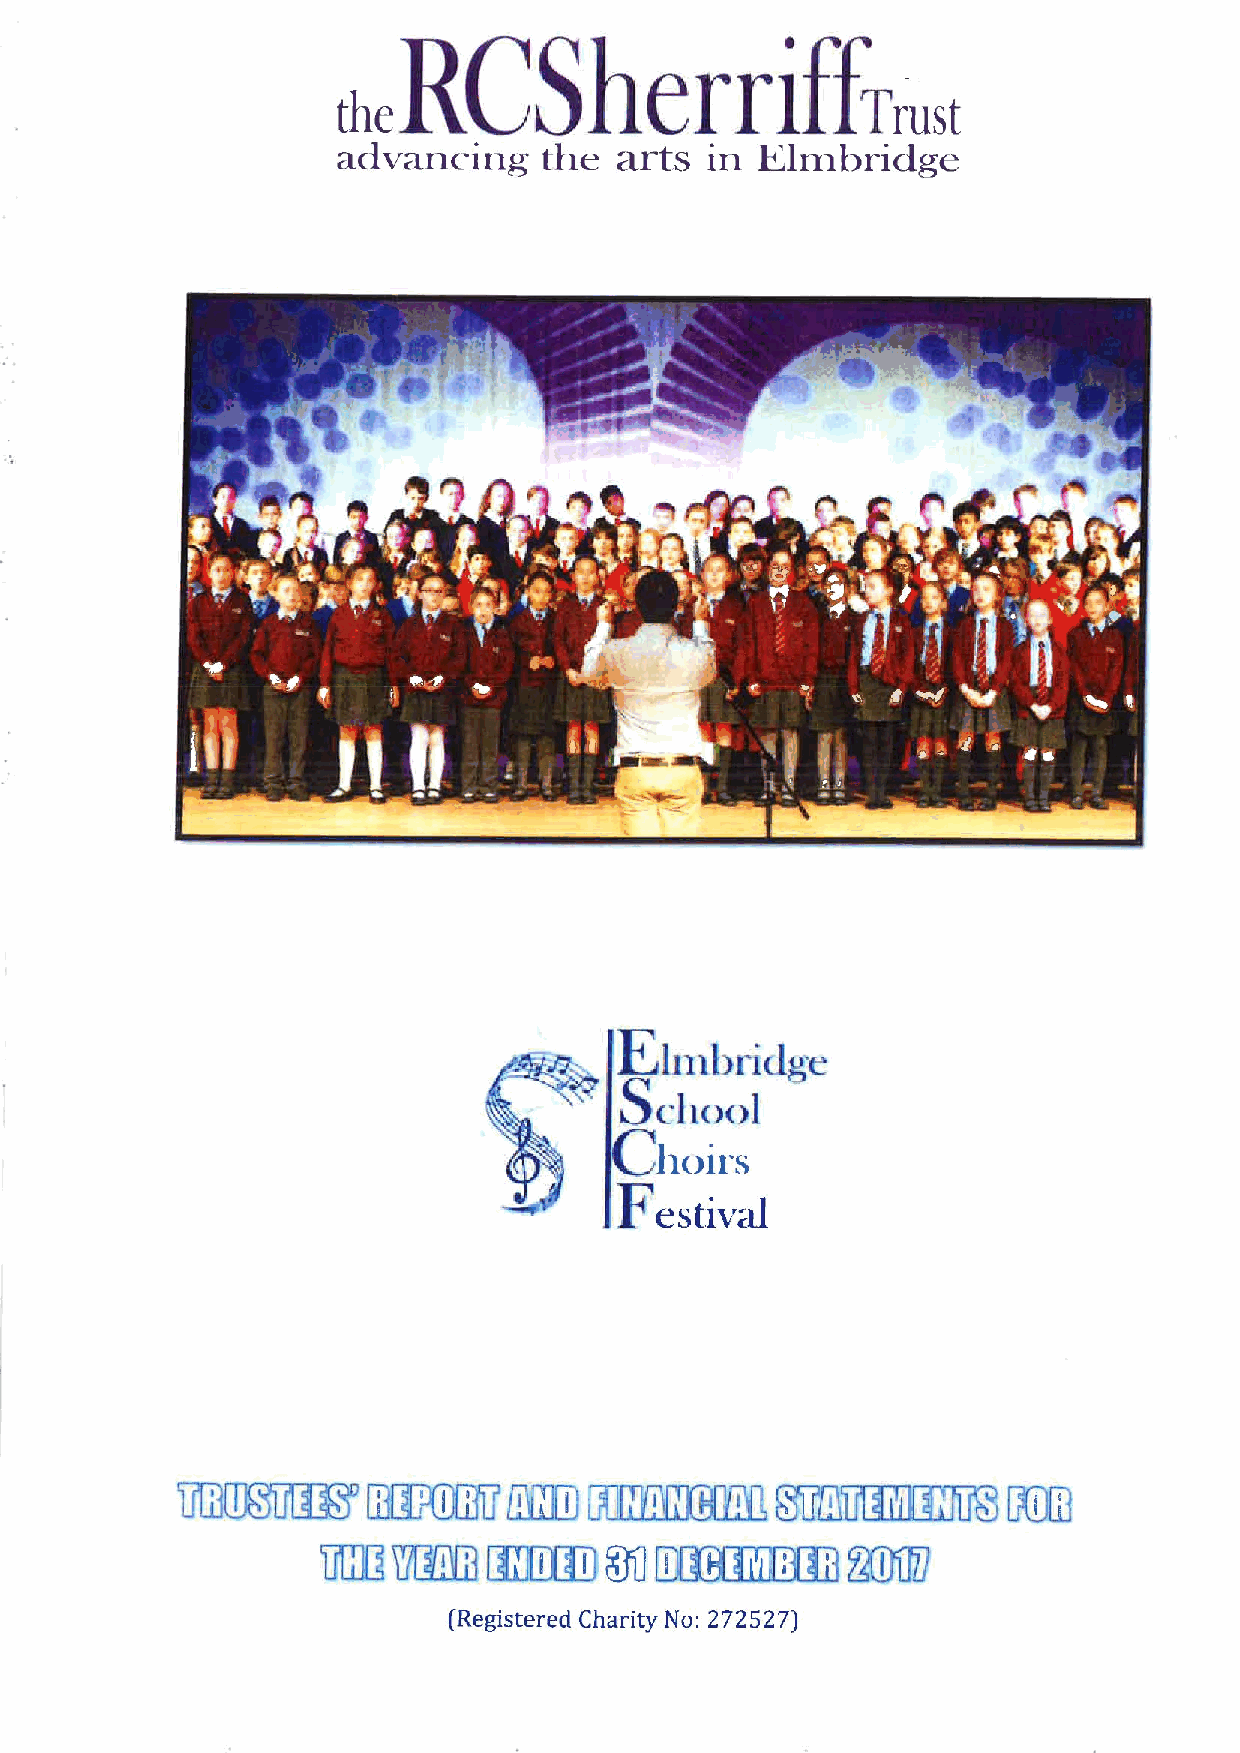
erri
 the                                Trust
 advancing     the  arts  in Elmbridge
 Eimbridge
 School
 Choirs
 Festival
 UMBER'QXQKGXi              XlMRB,
 UR   5XB           Cl KIRIL!3R50IX
 KID~K~
 (Registered Charity No: 272527)